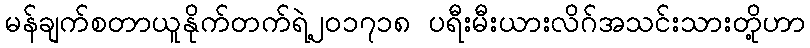
မန်ချက်စတာယူနိုက်တက်ရဲ့၂၀၁၇၁၈ ပရီးမီးယားလိဂ်အသင်းသားတို့ဟာ